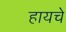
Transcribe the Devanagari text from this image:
हायचे